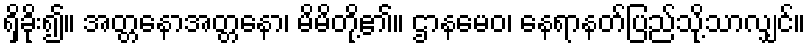
ရှိခိုး၍။ အတ္တနောအတ္တနော၊ မိမိတို့၏။ ဌာနမေဝ၊ နေရာနတ်ပြည်သို့သာလျှင်။